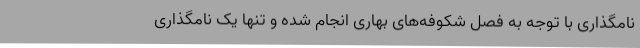
نامگذاری با توجه به فصل شکوفه‌های بهاری انجام شده و تنها یک نامگذاری